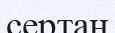
сертан